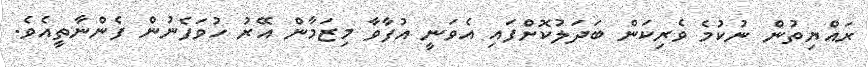
ރައްޔިތުން ނުކުމެ ވެރިކަން ބަދަލުކޮށްފައި އެވަނީ އުފާވާ މިޒަމާން އޭރު ހުވަފެނުން ފެންނާތީއެވެ.